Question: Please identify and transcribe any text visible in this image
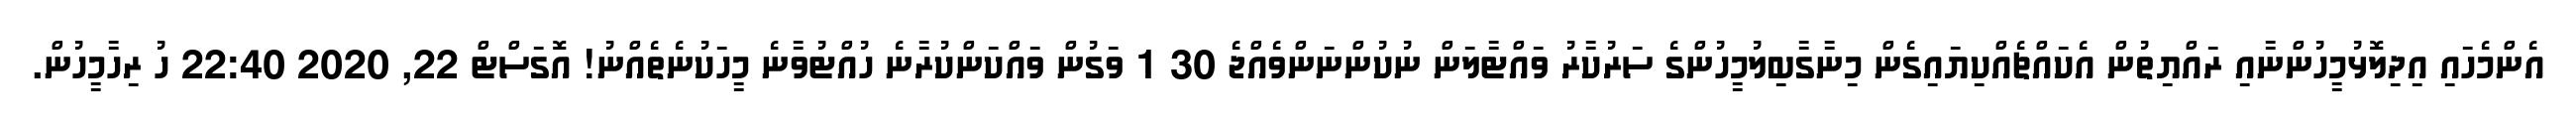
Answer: އެންމެހައި އިދިލޮޅުމީހުންނާއި ރައްޔިތުން އެކައްޗެއްކިޔައިގެން މިނާގާބިލުމީހުންގެ ސަރުކާރު ވައްޓާލަން ނުކުންނަންވެއްޖެ 30 1 ވަގުން ވައްކަންކުރާނެ ހުއްޓުވާނެ މީހަކުނެތެއްނު! އޮގަސްޓް 22, 2020 22:40 ހު ރިހާމީހުން.